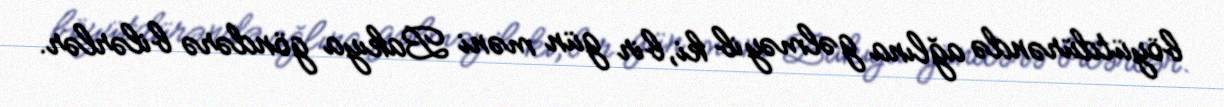
böyütdürəndə ağlına gəlməyib ki, bir gün məni Bakıya göndərə bilərlər.